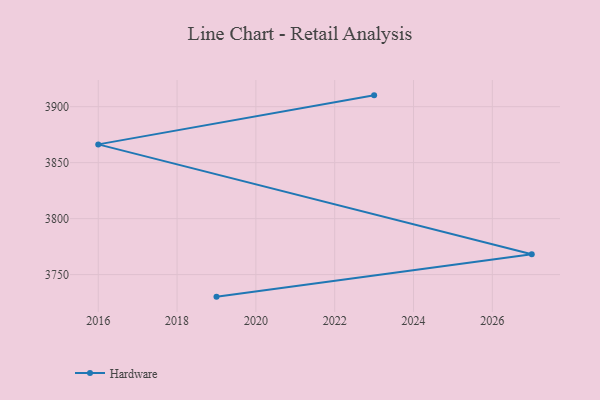
{"axis": {"x": "Year", "y": "Bounce Rate (%)"}, "legend": ["Hardware"], "data": [{"x": "2023", "y": 3910.1, "type": "Hardware"}, {"x": "2016", "y": 3866.3, "type": "Hardware"}, {"x": "2027", "y": 3768.1, "type": "Hardware"}, {"x": "2019", "y": 3730.3, "type": "Hardware"}]}